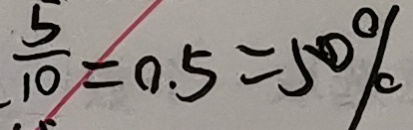
\frac { 5 } { 1 0 } = 0 . 5 = 5 0 \%